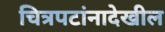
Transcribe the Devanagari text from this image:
चित्रपटांनादेखील